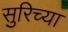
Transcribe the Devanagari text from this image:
सुरिच्या